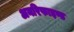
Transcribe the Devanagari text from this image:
अनरिफाइण्ड